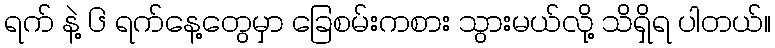
ရက် နဲ့ ၆ ရက်နေ့တွေမှာ ခြေစမ်းကစား သွားမယ်လို့ သိရှိရ ပါတယ်။